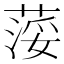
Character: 𦷪